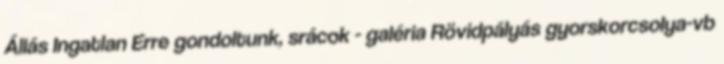
Állás Ingatlan Erre gondoltunk, srácok - galéria Rövidpályás gyorskorcsolya-vb